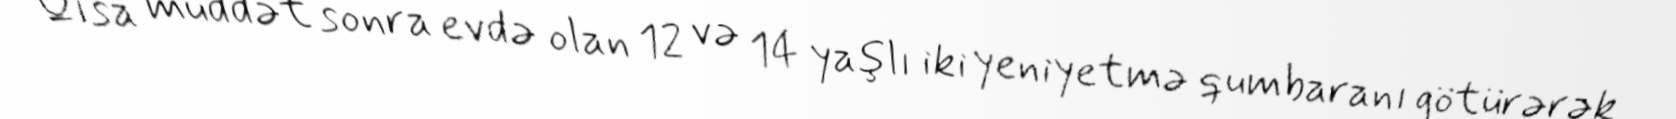
Qısa müddət sonra evdə olan 12 və 14 yaşlı iki yeniyetmə qumbaranı götürərək